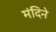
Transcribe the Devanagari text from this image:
मंदिने